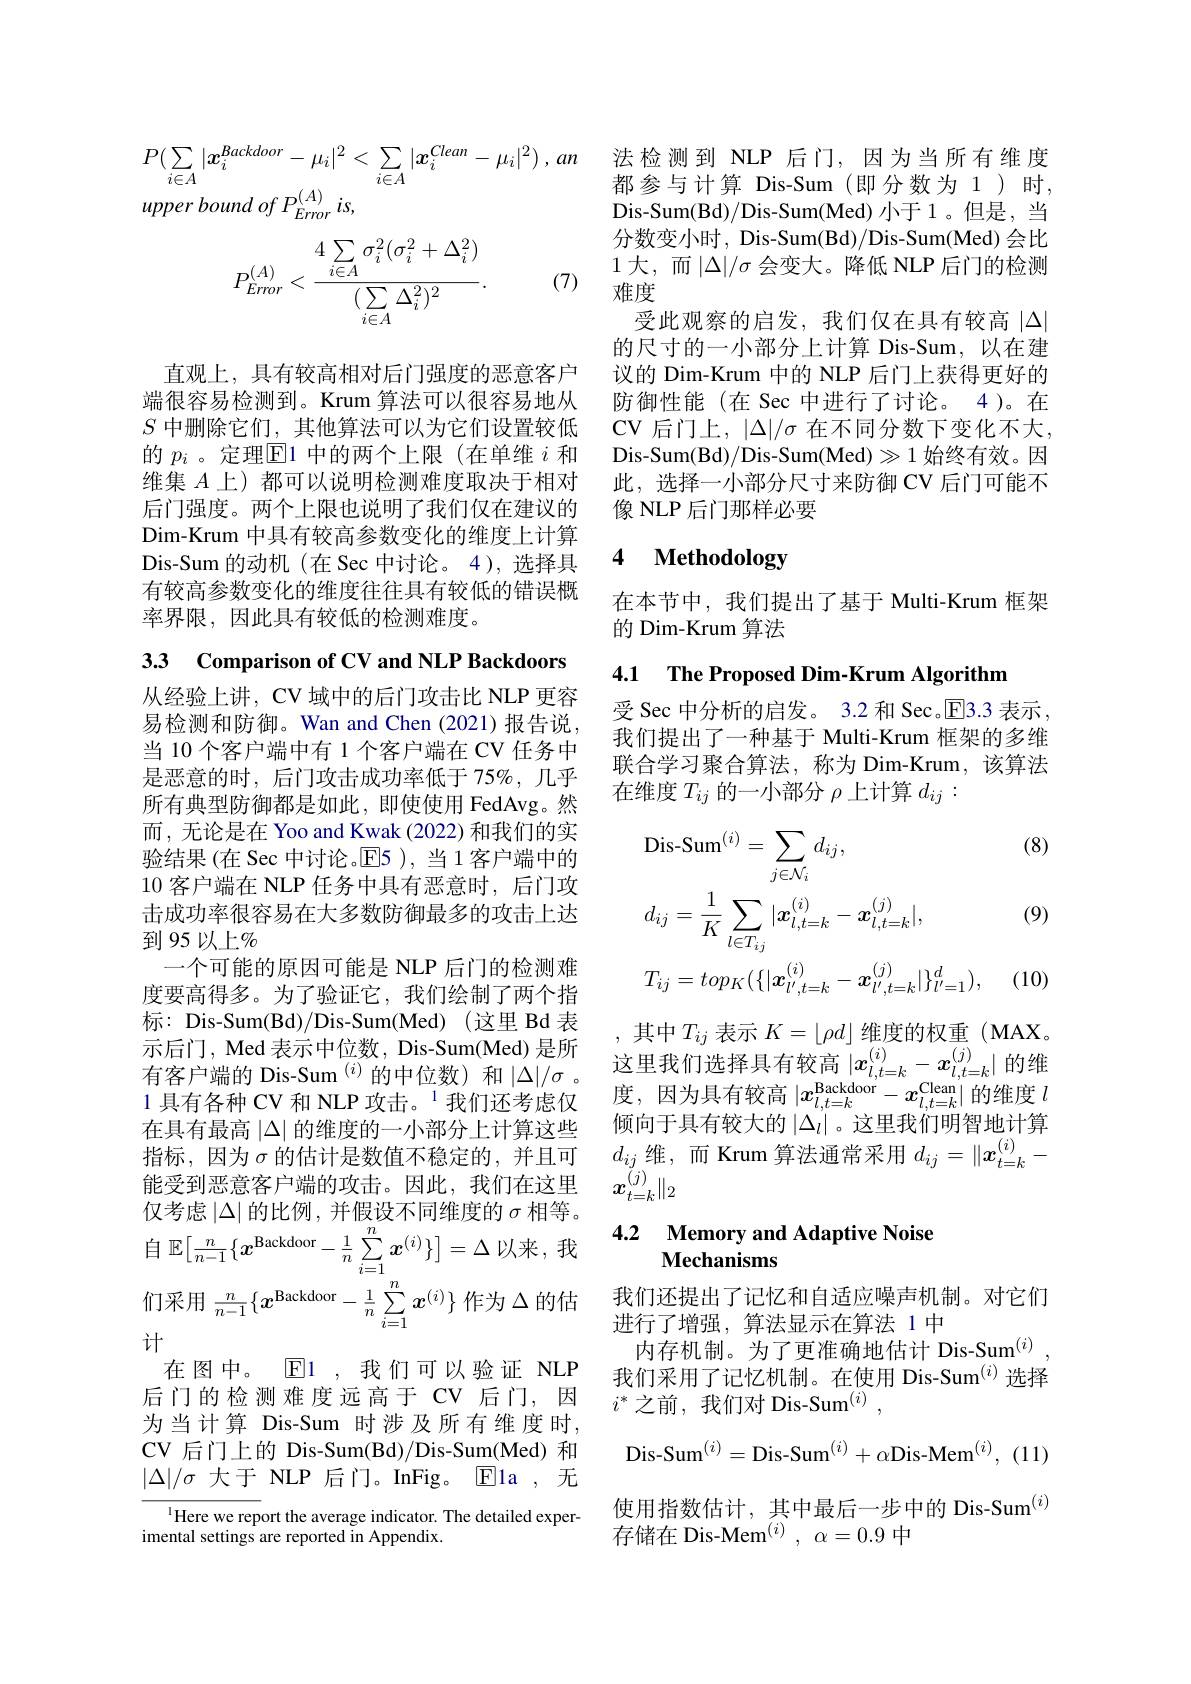
$P( \sum _{i\in A}| x_i^{\textit{Backdoor}}- \mu _i| ^2< \sum _{i\in A}| x_i^{\textit{Clean}}- \mu _i| ^2) , an$ 法检测到 NLP 后门，因为当所有维度$P( \sum _{i\in A}| x_i^{\textit{Backdoor}}- \mu _i| ^2< \sum _{i\in A}| x_i^{\textit{Clean}}- \mu _i| ^2) , an$ 都参与计算 Dis-Sum (即分数为1)时，
upper bound $of$ $P_{Error}^{( A) }$ $is$,

(7)
$$P_{Error}^{(A)}<\frac{4\sum\limits_{i\in A}\sigma_i^2(\sigma_i^2+\Delta_i^2)}{(\sum\limits_{i\in A}\Delta_i^2)^2}.$$
直观上，具有较高相对后门强度的恶意客户端很容易检测到。Krum 算法可以很容易地从$S$中删除它们，其他算法可以为它们设置较低的$p_i$ 。定理$\overline{\mathrm{E}}$1 中的两个上限(在单维$i$和维集$A$上)都可以说明检测难度取决于相对后门强度。两个上限也说明了我们仅在建议的Dim-Krum 中具有较高参数变化的维度上计算Dis-Sum 的动机(在 Sec 中讨论。4),选择具有较高参数变化的维度往往具有较低的错误概率界限，因此具有较低的检测难度。

3.3 Comparison of CV and NLP Backdoors 从经验上讲，CV 域中的后门攻击比 NLP 更容易检测和防御。Wan and Chen(2021)报告说， 当 10 个客户端中有 1 个客户端在 CV 任务中是恶意的时，后门攻击成功率低于 75%,几乎所有典型防御都是如此，即使使用 FedAvg。然而，无论是在 Yoo and Kwak (2022) 和我们的实验结果(在 Sec 中讨论。E5 ), 当 1 客户端中的10客户端在 NLP 任务中具有恶意时，后门攻击成功率很容易在大多数防御最多的攻击上达到95以上%
一个可能的原因可能是 NLP 后门的检测难度要高得多。为了验证它，我们绘制了两个指标：Dis-Sum(Bd)/Dis-Sum(Med)(这里 Bd 表示后门，Med 表示中位数，Dis-Sum(Med) 是所
在具有最高$|\Delta|$的维度的一小部分上计算这些指标，因为$\sigma$的估计是数值不稳定的，并且可能受到恶意客户端的攻击。因此，我们在这里 $x_{t= k}^{( j) }\| _2$
仅考虑$\left | \Delta \right |$的 比 例 , 并 假 设 不 同 维 度 的 $\sigma$相等。自$\mathbb{E} [ \frac n{n- 1}\{ x^\text{Backdoor}- \frac 1n\sum _{i= 1}^n\boldsymbol{x}^{( i) }\} ] = \Delta$以来，我们采用$\frac n{n-1}\{x^\text{Backdoor}{-\frac1n}\sum_{i=1}^nx^{(i)}\}$作为$\Delta$的估$\begin{array}{ll}&\text{我们还提出了记忆和自适应噪声机制。对它们}\\&\text{进行了增强，算法显示在算法 1中}\end{array}$
计
在图中。$\mathbb{E}$1,我们可以验证 NLP 后门的检测难度远高于 CV 后门，因为当计算 Dis-Sum 时涉及所有维度时， CV 后门上的 Dis-Sum(Bd)/Dis-Sum(Med)和$|\Delta|/\sigma$大于 NLP 后门。InFig。$\overline{\mathrm{E}}$la ,无
$^{1}$Here we report the average indicator. The detailed exper-
imental settings are reported in Appendix.

Dis- Sum( Bd) / Dis- Sum( Med) 小 于 1 。但 是 , 当 分数变小时，Dis-Sum(Bd)/Dis-Sum(Med) 会比1大，而$|\Delta|/\sigma$ 会变大。降低 NLP 后门的检测难度
受此观察的启发，我们仅在具有较高$|\Delta|$ 的尺寸的一小部分上计算 Dis-Sum,以在建议的 Dim-Krum 中的 NLP 后门上获得更好的防御性能(在 Sec 中进行了讨论。4)。在CV 后门上，$|\Delta|/\sigma$ 在不同分数下变化不大， Dis-Sum(Bd)/Dis-Sum(Med)$\gg1 始终有效。因$ 此，选择一小部分尺寸来防御 CV 后门可能不像 NLP 后门那样必要

### 4 $\textbf{Methodologw}$

在本节中，我们提出了基于 Multi-Krum 框架
的 Dim-Krum 算法

4.1 The Proposed Dim-Krum Algorithm

受 Sec 中分析的启发。3.2 和 Sec。$\overline{\mathrm{E}}$3.3 表示， 我们提出了一种基于 Multi-Krum 框架的多维联合学习聚合算法，称为 Dim-Krum,该算法在维度$T_ij$的一小部分$\rho$上计算$d_ij:$

(8)
$$\begin{aligned}&\text{Dis-Sum}^{(i)}=\sum_{j\in\mathcal{N}_{i}}d_{ij},\\&d_{ij}=\frac{1}{K}\sum_{l\in T_{ij}}|\boldsymbol{x}_{l,t=k}^{(i)}-\boldsymbol{x}_{l,t=k}^{(j)}|,\\&T_{ij}=top_{K}(\{|\boldsymbol{x}_{l^{\prime},t=k}^{(i)}-\boldsymbol{x}_{l^{\prime},t=k}^{(j)}|\}_{l^{\prime}=1}^{d}),\end{aligned}$$
(9)

(10)

其中$T_{ij}$表示$K=\lfloor\rho d\rfloor$维度的权重(MAX 倾向于具有较大的$\left|\Delta_l\right|$。这里我们明智地计算$d_{ij}$维，而 Krum 算法通常采用$d_ij=\|x_t=k^{(i)}-$

### 4.2 $\textbf{Memory and Adaptive Noise}$ Mechanisms

内存机制。为了更准确地估计 Dis-Sum$^{(i)}$ 我们采用了记忆机制。在使用 Dis-Sum$^{(i)}$选择$i^*$之前，我们对 Dis-Sum$^(i)$,

$\mathrm{Dis- Sum}^{( i) }= \mathrm{Dis- Sum}^{( i) }+ \alpha \mathrm{Dis- Mem}^{( i) }$, (11)

使用指数估计，其中最后一步中的 Dis-Sum$^{(i)}$
存储在 Dis-Mem$^{( i) }$, $\alpha = 0. 9$中